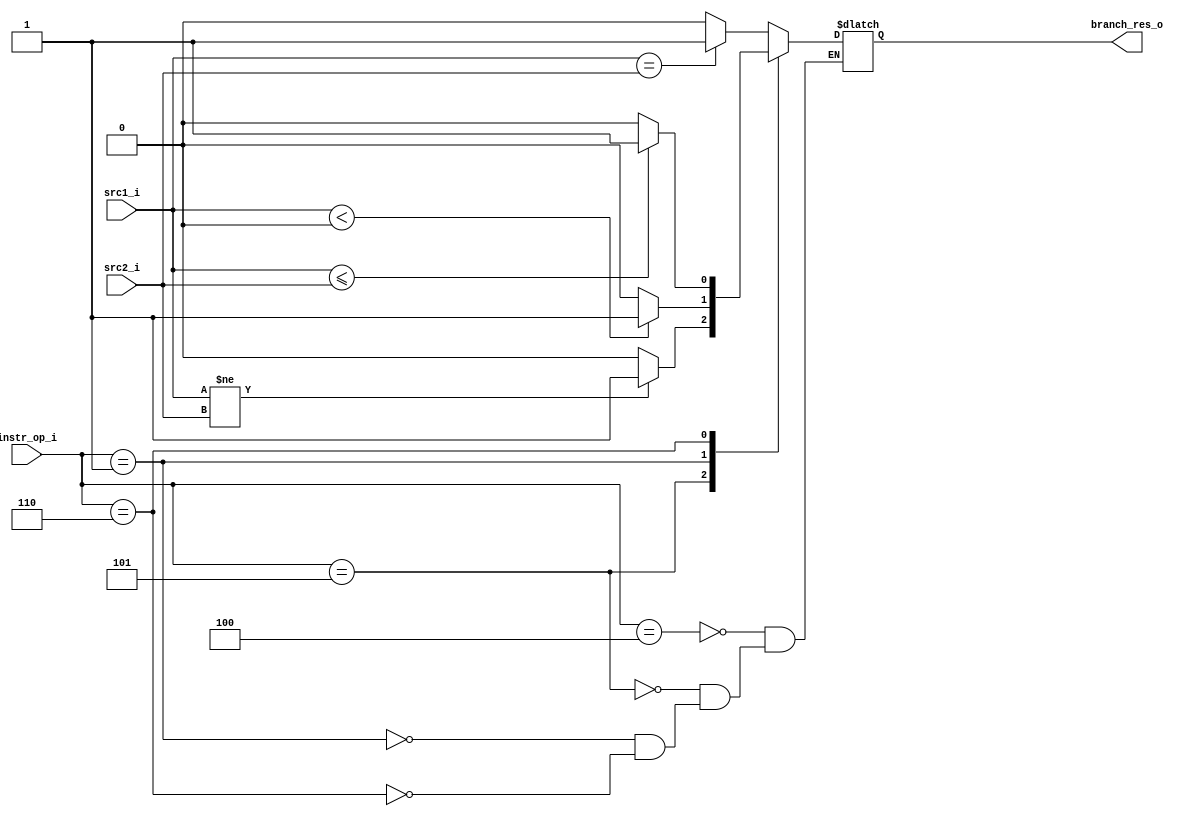
//Subject:     CO project 2 - ALU
//--------------------------------------------------------------------------------
//Version:     1
//--------------------------------------------------------------------------------
//Writer:      
//----------------------------------------------
//Date:        
//----------------------------------------------
//Description: To know whether to use branch
//--------------------------------------------------------------------------------

module Whether_Branch(
  src1_i,
  src2_i,
  instr_op_i,
  branch_res_o
  );

input  [32-1:0] src1_i;
input  [32-1:0] src2_i;
input  [6-1:0]  instr_op_i;

output branch_res_o;


reg branch_res_o;

always@(*)
begin
  case(instr_op_i)
    // beq
    6'b000100: begin
      if(src1_i == src2_i) branch_res_o = 1;
      else branch_res_o = 0;
    end
    // bne, bnez
    6'b000101: begin
      if(src1_i != src2_i) branch_res_o = 1;
      else branch_res_o = 0;
    end
    // bltz
    6'b000001: begin
      if($signed(src1_i) < 0) branch_res_o = 1;
      else branch_res_o = 0;
    end
    // ble
    6'b000110: begin
      if($signed(src1_i) <= $signed(src2_i)) branch_res_o = 1;
      else branch_res_o = 0;
    end
  endcase
end

endmodule